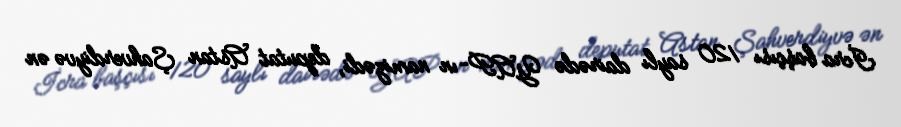
İcra başçısı 120 saylı dairədə YAP-ın namizədi, deputat Astan Şahverdiyvə ən